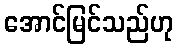
အောင်မြင်သည်ဟု